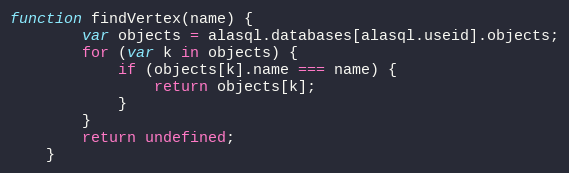
Language: JavaScript
function findVertex(name) {
		var objects = alasql.databases[alasql.useid].objects;
		for (var k in objects) {
			if (objects[k].name === name) {
				return objects[k];
			}
		}
		return undefined;
	}